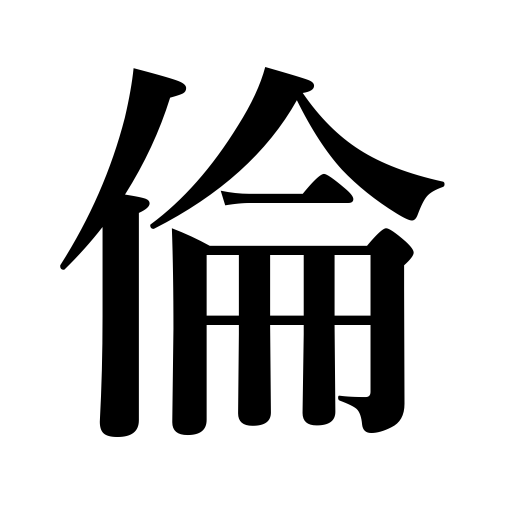
Meanings: companion